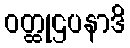
ဝတ္ထုဌပနာဒိ